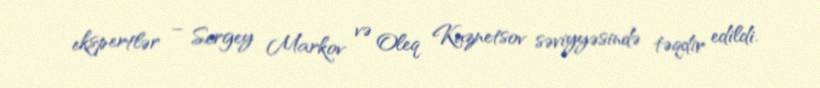
ekspertlər – Sergey Markov və Oleq Kuznetsov səviyyəsində təqdir edildi.